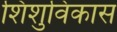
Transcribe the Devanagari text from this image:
शिशुविकास